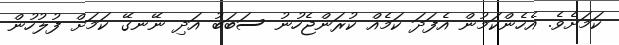
ކަމަށެވެ. އެހެންކަމުން އެފަދަ ކަމެއް ކުރަންޖެހުނު ސަބަބު އަދި ނޭނގޭ ކަމަށް ފުލުހުން